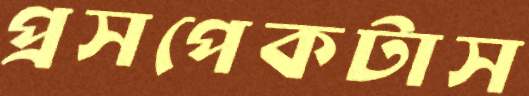
প্রসপেকটাস